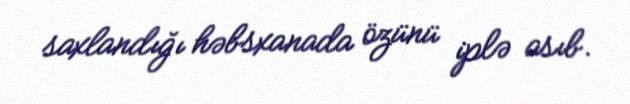
saxlandığı həbsxanada özünü iplə asıb.